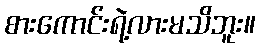
စားကောင်းရဲ့လားမသိဘူး။